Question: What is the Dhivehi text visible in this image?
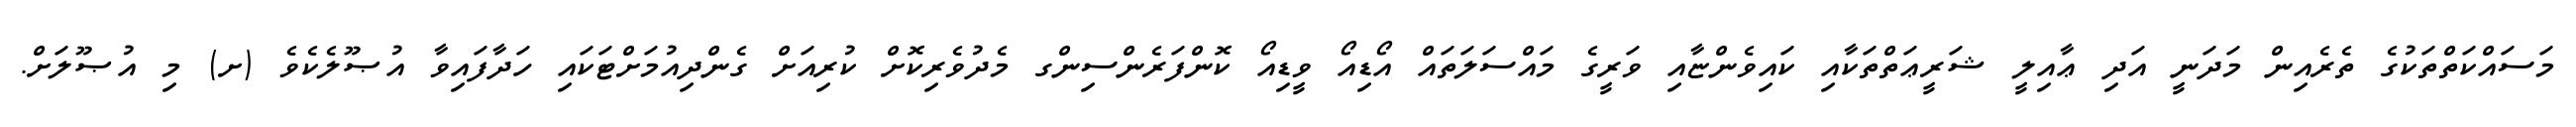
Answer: މަސައްކަތްތަކުގެ ތެރެއިން މަދަނީ އަދި ޢާއިލީ ޝަރީޢަތްތަކާއި ކައިވެންޏާއި ވަރީގެ މައްސަލަތައް އޯޑިއޯ ވީޑިއޯ ކޮންފަރެންސިންގ މެދުވެރިކޮށް ކުރިއަށް ގެންދިއުމަށްޓަކައި ހަދާފައިވާ އުޞޫލެކެވެ (ށ) މި އުޞޫލަށް.